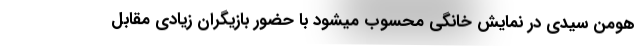
هومن سیدی در نمایش خانگی محسوب میشود با حضور بازیگران زیادی مقابل